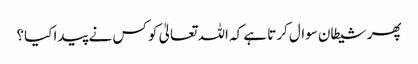
پھر شیطان سوال کرتا ہے کہ اللہ تعالیٰ کو کس نے پیدا کیا؟